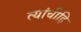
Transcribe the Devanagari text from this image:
त्यांचीहि